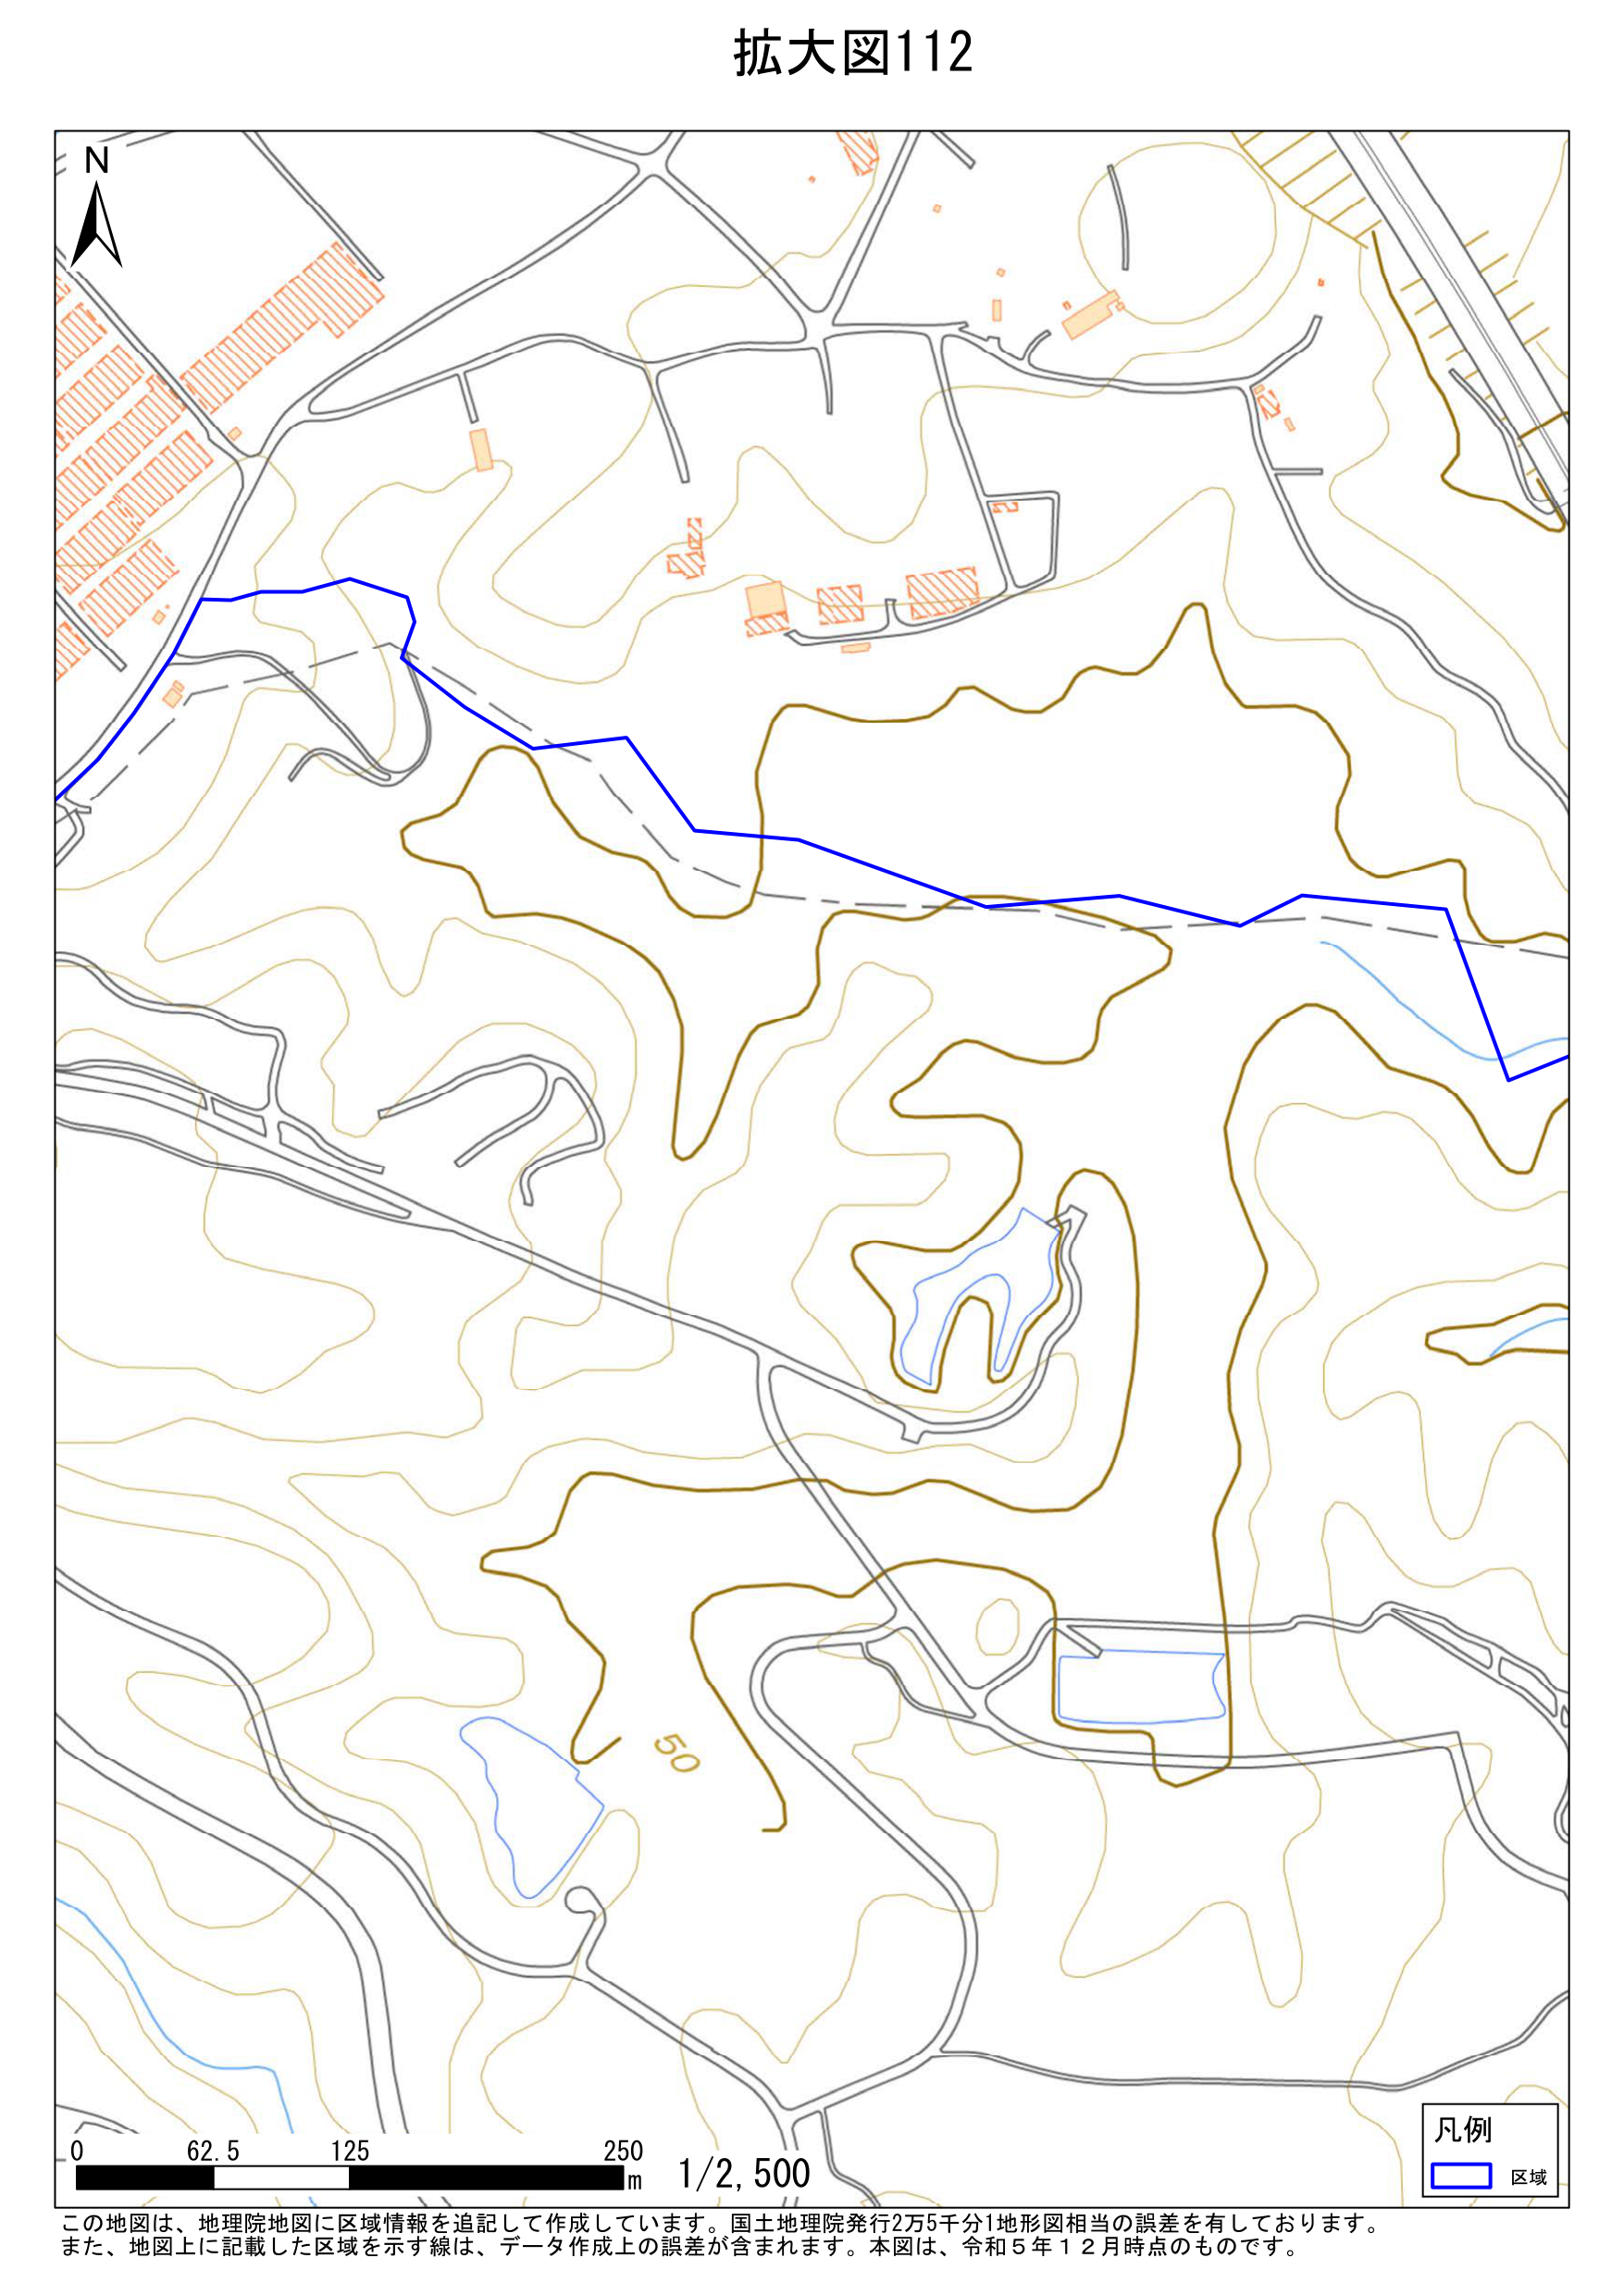
拡大図112

N

0 62.5 125 250 m 1/2,500

凡例
□ 区域

この地図は、地理院地図に区域情報を追記して作成しています。国土地理院発行2万5千分1地形図相当の誤差を有しております。
また、地図上に記載した区域を示す線は、データ作成上の誤差が含まれます。本図は、令和5年12月時点のものです。

50